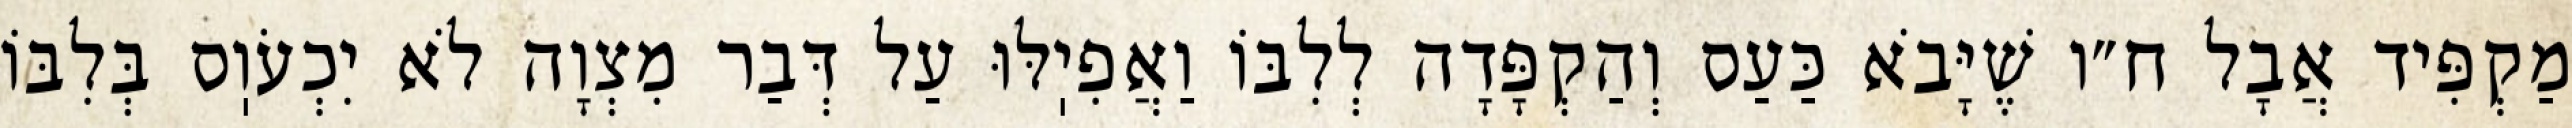
מַקְפִּיד אֲבָל ח״ו שֶׁיָּבֹא כַּעַס וְהַקְפָּדָה לְלִבּוֹ וַאֲפִיֽלּוּ עַל דְּבַר מִצְוָה לֹא יִכְעֹוֽס בְּלִבּוֹ